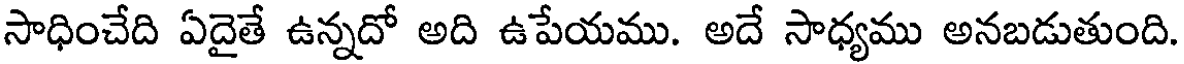
సాధించేది ఏదైతే ఉన్నదో అది ఉపేయము. అదే సాధ్యము అనబడుతుంది